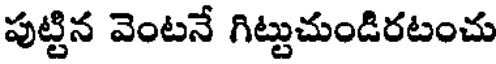
పుట్టిన వెంటనే గిట్టుచుండిరటంచు